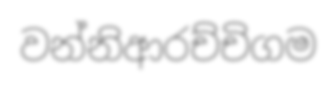
වන්නිආරච්චිගම